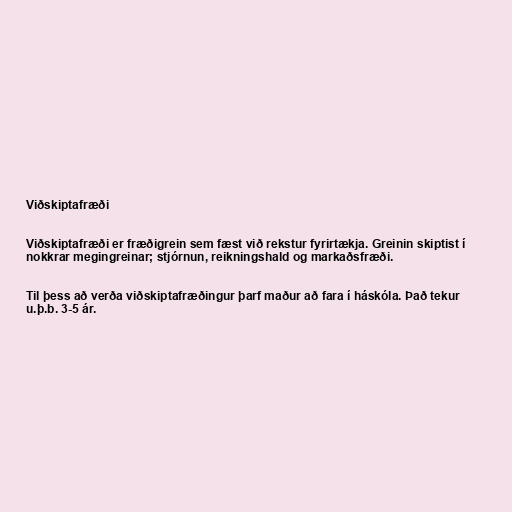
Viðskiptafræði

Viðskiptafræði er fræðigrein sem fæst við rekstur fyrirtækja. Greinin skiptist í
nokkrar megingreinar; stjórnun, reikningshald og markaðsfræði.

Til þess að verða viðskiptafræðingur þarf maður að fara í háskóla. Það tekur
u.þ.b. 3-5 ár.